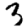
Digit: 3